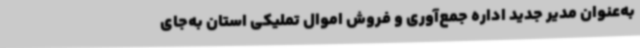
به‌عنوان مدیر جدید اداره جمع‌آوری و فروش اموال تملیکی استان به‌جای